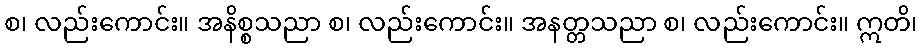
စ၊ လည်းကောင်း။ အနိစ္စသညာ စ၊ လည်းကောင်း။ အနတ္တသညာ စ၊ လည်းကောင်း။ ဣတိ၊